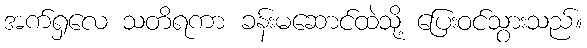
အက်ရှလေ သတိရကာ ခန်းမဆောင်ထဲသို့ ပြေးဝင်သွားသည်။